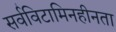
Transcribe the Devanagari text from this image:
सर्वविटामिनहीनता